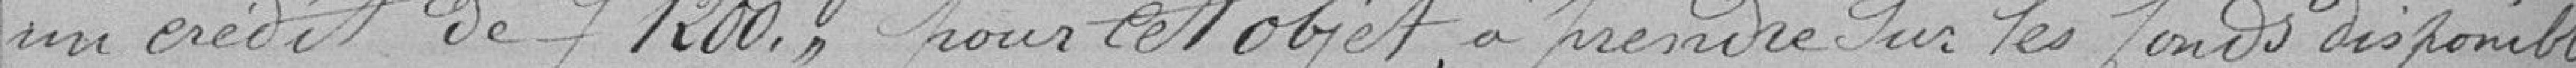
un crédit de 1200 francs pour cet objet, à prendre sur les fonds disponibles